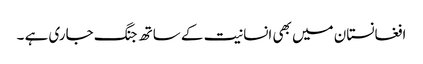
افغانستان میں بھی انسانیت کے ساتھ جنگ جاری ہے ۔